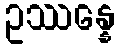
ဥဿန္နေ